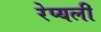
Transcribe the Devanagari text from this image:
रेप्यली